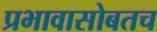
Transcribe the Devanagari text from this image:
प्रभावासोबतच